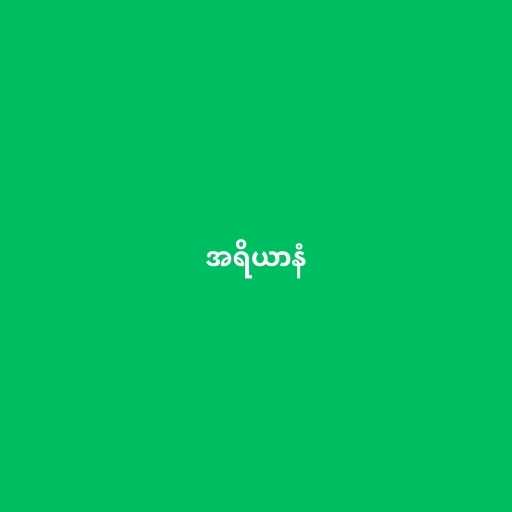
အရိယာနံ